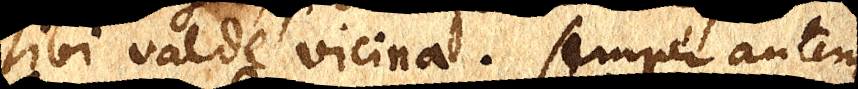
sibi valde vicina. Semper autem